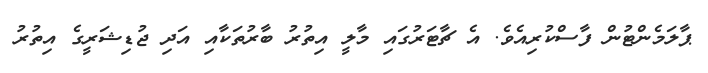
ޕާލަމެންޓުން ފާސްކުރިއެވެ. އެ ޗާޓަރުގައި މާލީ އިތުރު ބާރުތަކާއި އަދި ޖުޑިޝަރީގެ އިތުރު